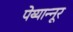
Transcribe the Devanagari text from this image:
पेय्यान्‍नूर